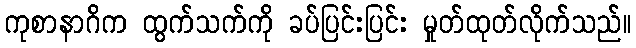
ကုစာနာဂိက ထွက်သက်ကို ခပ်ပြင်းပြင်း မှုတ်ထုတ်လိုက်သည်။